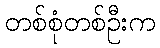
တစ်စုံတစ်ဦးက